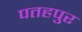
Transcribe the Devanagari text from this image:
पतहपुर